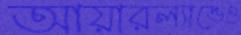
আয়ারল্যান্ডেও